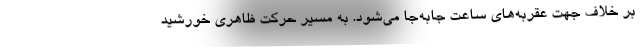
بر خلاف جهت عقربه‌های ساعت جابه‌جا می‌شود. به مسیر حرکت ظاهری خورشید